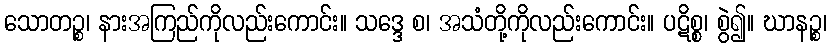
သောတဉ္စ၊ နားအကြည်ကိုလည်းကောင်း။ သဒ္ဒေ စ၊ အသံတို့ကိုလည်းကောင်း။ ပဋိစ္စ၊ စွဲ၍။ ဃာနဉ္စ၊